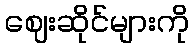
ဈေးဆိုင်များကို